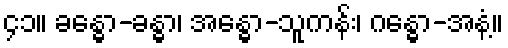
၄၁။ ခန္ဓော-ခန္ဓာ၊ အန္ဓော-သူကန်း၊ ဂန္ဓော-အနံ့။